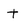
Character: t